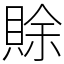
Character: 賖